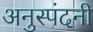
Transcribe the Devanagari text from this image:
अनुस्पंदनी